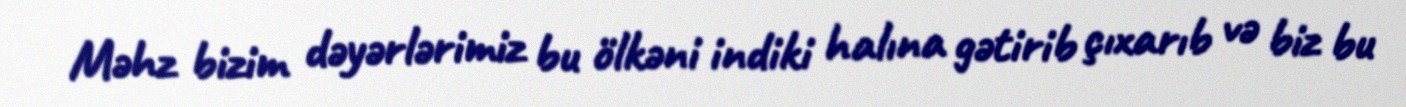
Məhz bizim dəyərlərimiz bu ölkəni indiki halına gətirib çıxarıb və biz bu